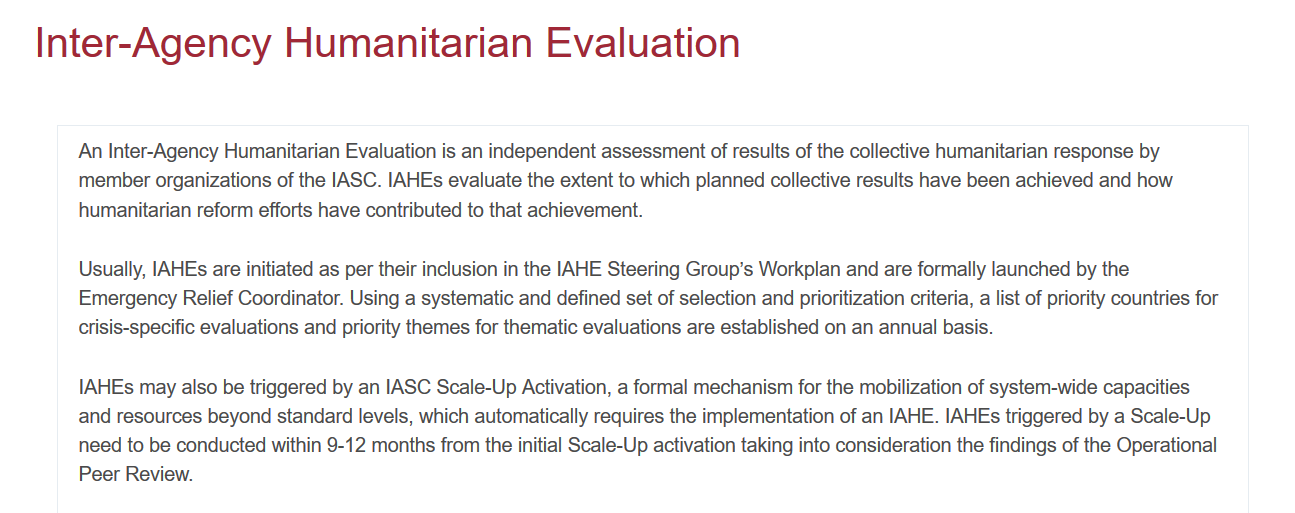
Usually, IAHEs are initiated as per their inclusion in the IAHE Steering Group’s Workplan and are formally launched by the
     Emergency  Relief Coordinator. Using a systematic and defined set of selection and prioritization criteria, a list of priority countries for
     crisis-specific evaluations and priority themes for thematic evaluations are established on an annual basis.
     IAHEs may also be triggered by an IASC Scale-Up Activation, a formal mechanism for the mobilization of system-wide capacities
     and resources beyond standard levels, which automatically requires the implementation of an IAHE. IAHEs triggered by a Scale-Up
     need to be conducted within 9-12 months from the initial Scale-Up activation taking into consideration the findings of the Operational
     Peer Review.
     An Inter-Agency Humanitarian Evaluation is an independent assessment of results of the collective humanitarian response by
     member  organizations of the IASC. IAHEs evaluate the extent to which planned collective results have been achieved and how
     humanitarian reform efforts have contributed to that achievement.
     Inter-Agency    Humanitarian    Evaluation